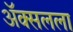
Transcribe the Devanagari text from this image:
ॲक्सलला